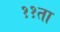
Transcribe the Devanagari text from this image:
११ता